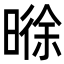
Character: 𬁊